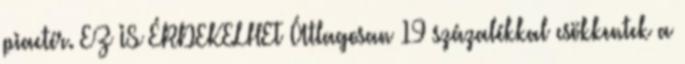
piactér. EZ IS ÉRDEKELHET Átlagosan 19 százalékkal csökkentek a